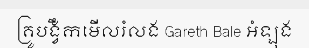
គ្រូបង្វឹកមើលរំលង Gareth Bale អំឡុង